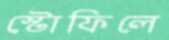
স্টোফিলে